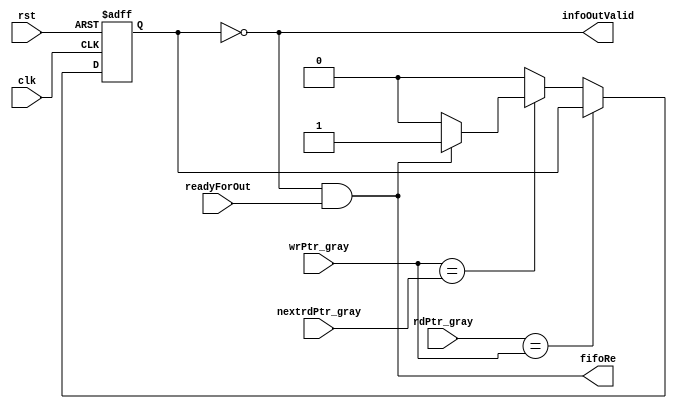
`timescale 1ns / 1ns


//--------------------------------------------------
//  
//      Verilog code generated by Visual Elite
//
//  Design Unit:
//  ------------
//      Unit    Name  :  CDC_rdCtrl
//      Library Name  :  clock_domain_crossing
//  
//      Version       :  2007.11 v4.0.1 build 11. Date: Dec  9 2007. License: 2007.12
//  
//  Options Used:
//  -------------
//      Target
//         Language   :  Verilog
//         Purpose    :  Synthesis
//         Vendor     :  Generic
//  
//      Style
//         Use tasks                      :  No
//         Code Destination               :  Combined file
//         Attach Directives              :  Yes
//         Structural                     :  No
//         Free text style                :  / / ...
//         Preserve spacing for free text :  Yes
//         Declaration alignment          :  Yes
//         Sort Ports by mode             :  Yes
//         New line for each Port         :  Yes
//         Attach comment to Port         :  Yes
//
//--------------------------------------------------
//--------------------------------------------------
// ********************************************************************/                                                              
// Microsemi Corporation Proprietary and Confidential                                                              
// Copyright 2016 Microsemi Corporation.  All rights reserved.                                                              
//                                                               
// ANY USE OR REDISTRIBUTION IN PART OR IN WHOLE MUST BE HANDLED IN                                                              
// ACCORDANCE WITH THE MICROSEMI LICENSE AGREEMENT AND MUST BE APPROVED                                                              
// IN ADVANCE IN WRITING.                                                              
//                                                               
// SVN Revision Information:                                                              
// SVN $Revision$                                                              
// SVN $Date$                                                              
//                                                               
// Resolved SARs                                                              
// SAR      Date     Who   Description                                                              
// Notes:                                                              
//                                                               
//                                                               
// *********************************************************************/                                                                                          
//--------------------------------------------------
 
 
module CDC_rdCtrl (
                   //  input ports
                   clk,
                   rst,
                   rdPtr_gray,
                   wrPtr_gray,
                   nextrdPtr_gray,
                   readyForOut,
 
                   //  output ports
                   infoOutValid,
                   fifoRe
                   );
 
   parameter        ADDR_WIDTH       = 3;
//  input ports
   input            clk;
   wire             clk;
   input            rst;
   wire             rst;
   input     [ADDR_WIDTH - 1:0] rdPtr_gray;
   wire      [ADDR_WIDTH - 1:0] rdPtr_gray;
   input     [ADDR_WIDTH - 1:0] wrPtr_gray;
   wire      [ADDR_WIDTH - 1:0] wrPtr_gray;
   input     [ADDR_WIDTH - 1:0] nextrdPtr_gray;
   wire      [ADDR_WIDTH - 1:0] nextrdPtr_gray;
   input            readyForOut;
   wire             readyForOut;
//  output ports
   output           infoOutValid;
   wire             infoOutValid;
   output           fifoRe;
   wire             fifoRe;
//  local signals
   wire             ptrsEq_rdZone;
   wire             wrEqRdP1;
   reg              empty;
 
 
   always
      @( posedge clk or posedge rst )
   begin   :RdCtrl
 
      if (rst)
      begin
         empty <= 1'b1;
      end
      else
      begin
         if (ptrsEq_rdZone)
         begin
         end
         else
         begin
            if (wrEqRdP1)
            begin
               if (fifoRe)
               begin
                  empty <= 1'b1;
               end
               else
               begin
                  empty <= 1'b0;
               end
            end
            else
            begin
               empty <= 1'b0;
            end
         end
      end
   end
 
   assign ptrsEq_rdZone = (rdPtr_gray == wrPtr_gray);
   assign wrEqRdP1 = (wrPtr_gray == nextrdPtr_gray);
 
   assign fifoRe = infoOutValid & readyForOut;
   assign infoOutValid = !empty;
 
 
endmodule